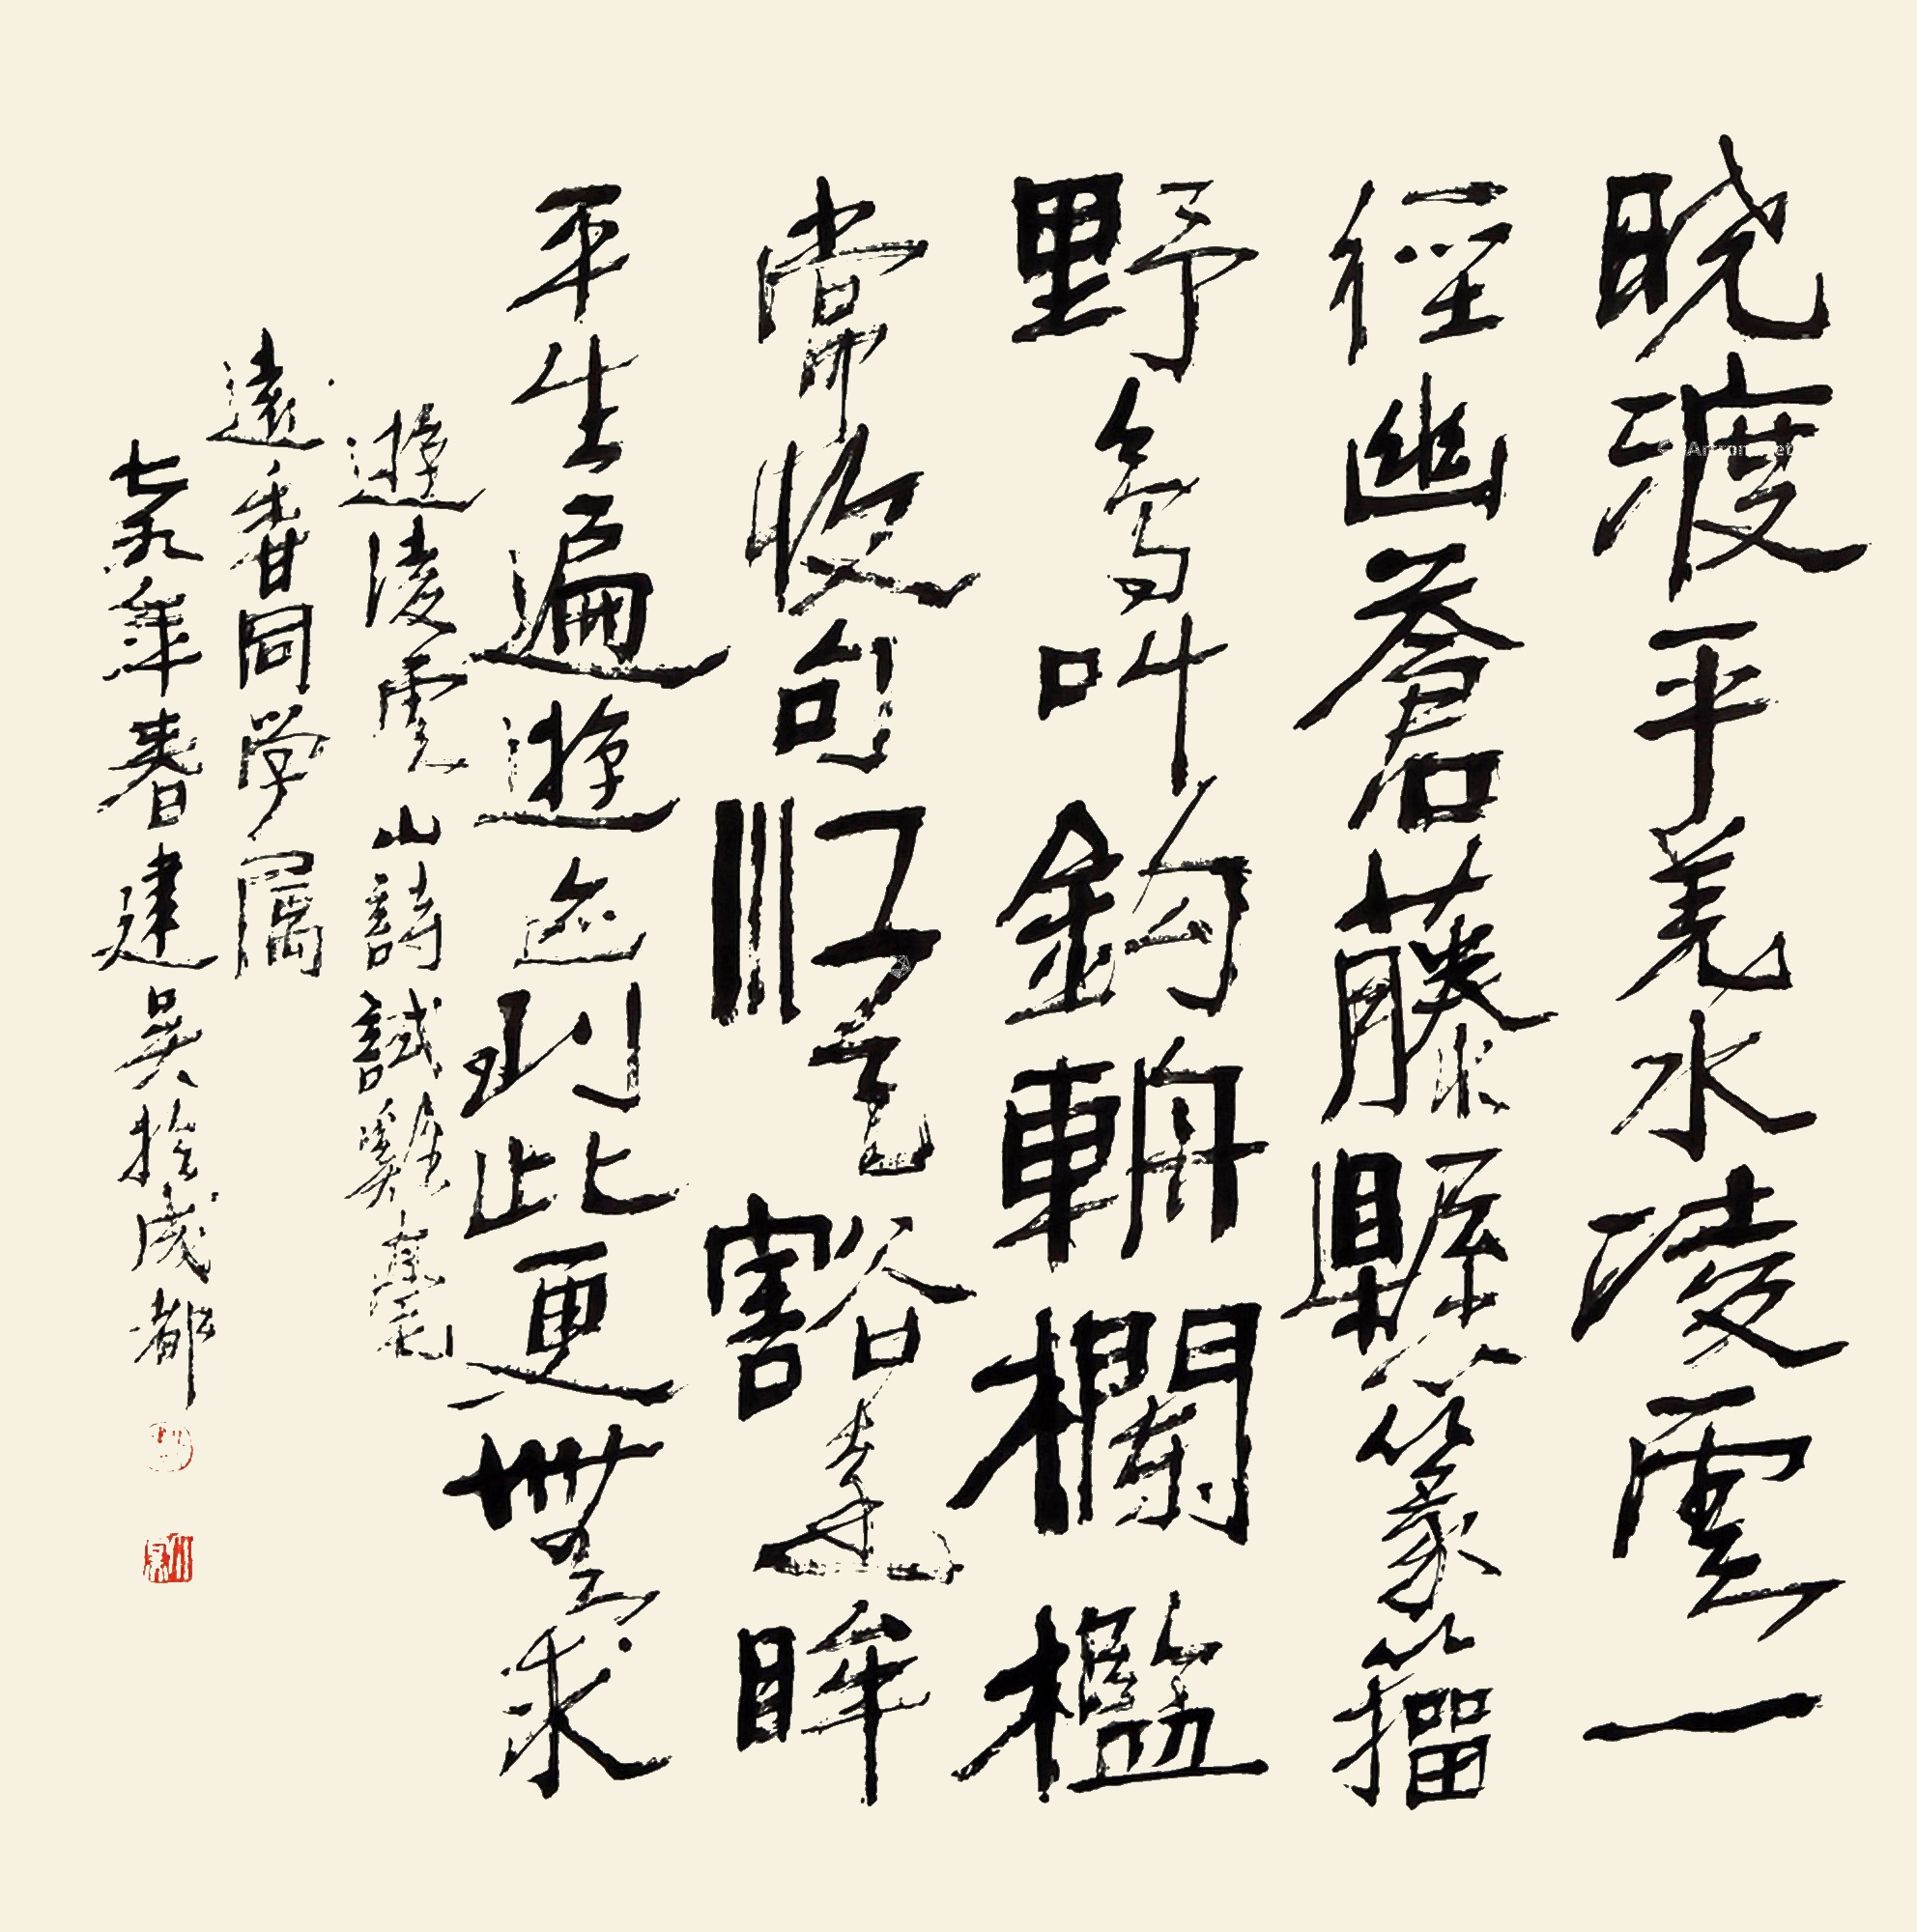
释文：晓渡平羌水，凌云一径幽。苍藤悬篆籀，野鸟叫钩辀。栏槛常收句，江天豁远眸。平生遍游迹，到此更无求。游凌云山诗，试鸡毫。远香同学属，七九年春建吴于成都。